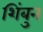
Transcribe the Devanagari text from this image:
शिंबुन